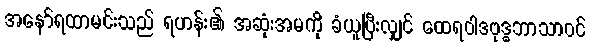
အနော်ရထာမင်းသည် ရဟန်း၏ အဆုံးအမကို ခံယူပြီးလျှင် ထေရဝါဒဗုဒ္ဓဘာသာဝင်